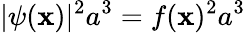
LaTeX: |\psi(\mathbf{x})|^{2}a^{3}=f(\mathbf{x})^{2}a^{3}